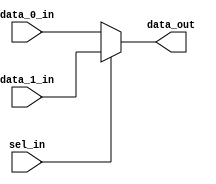
module mux_2_1 
(
	input data_0_in,
	input data_1_in,
	input sel_in,
	output wire data_out
);

assign data_out = (sel_in)? data_1_in: data_0_in;

endmodule